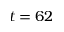
t = 6 2